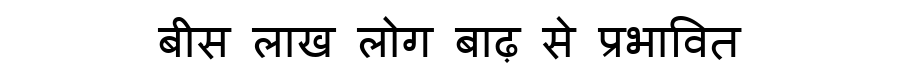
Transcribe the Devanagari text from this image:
बीस लाख लोग बाढ़ से प्रभावित